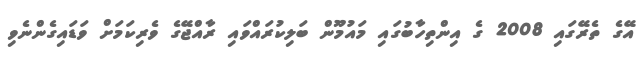
އޭގެ ތެރޭގައި 2008 ގެ އިންތިހާބުގައި މައުމޫން ބަލިކުރައްވައި ރާއްޖޭގެ ވެރިކަމަށް ވަޑައިގެންނެވި